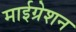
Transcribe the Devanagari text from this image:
माईग्रेशन